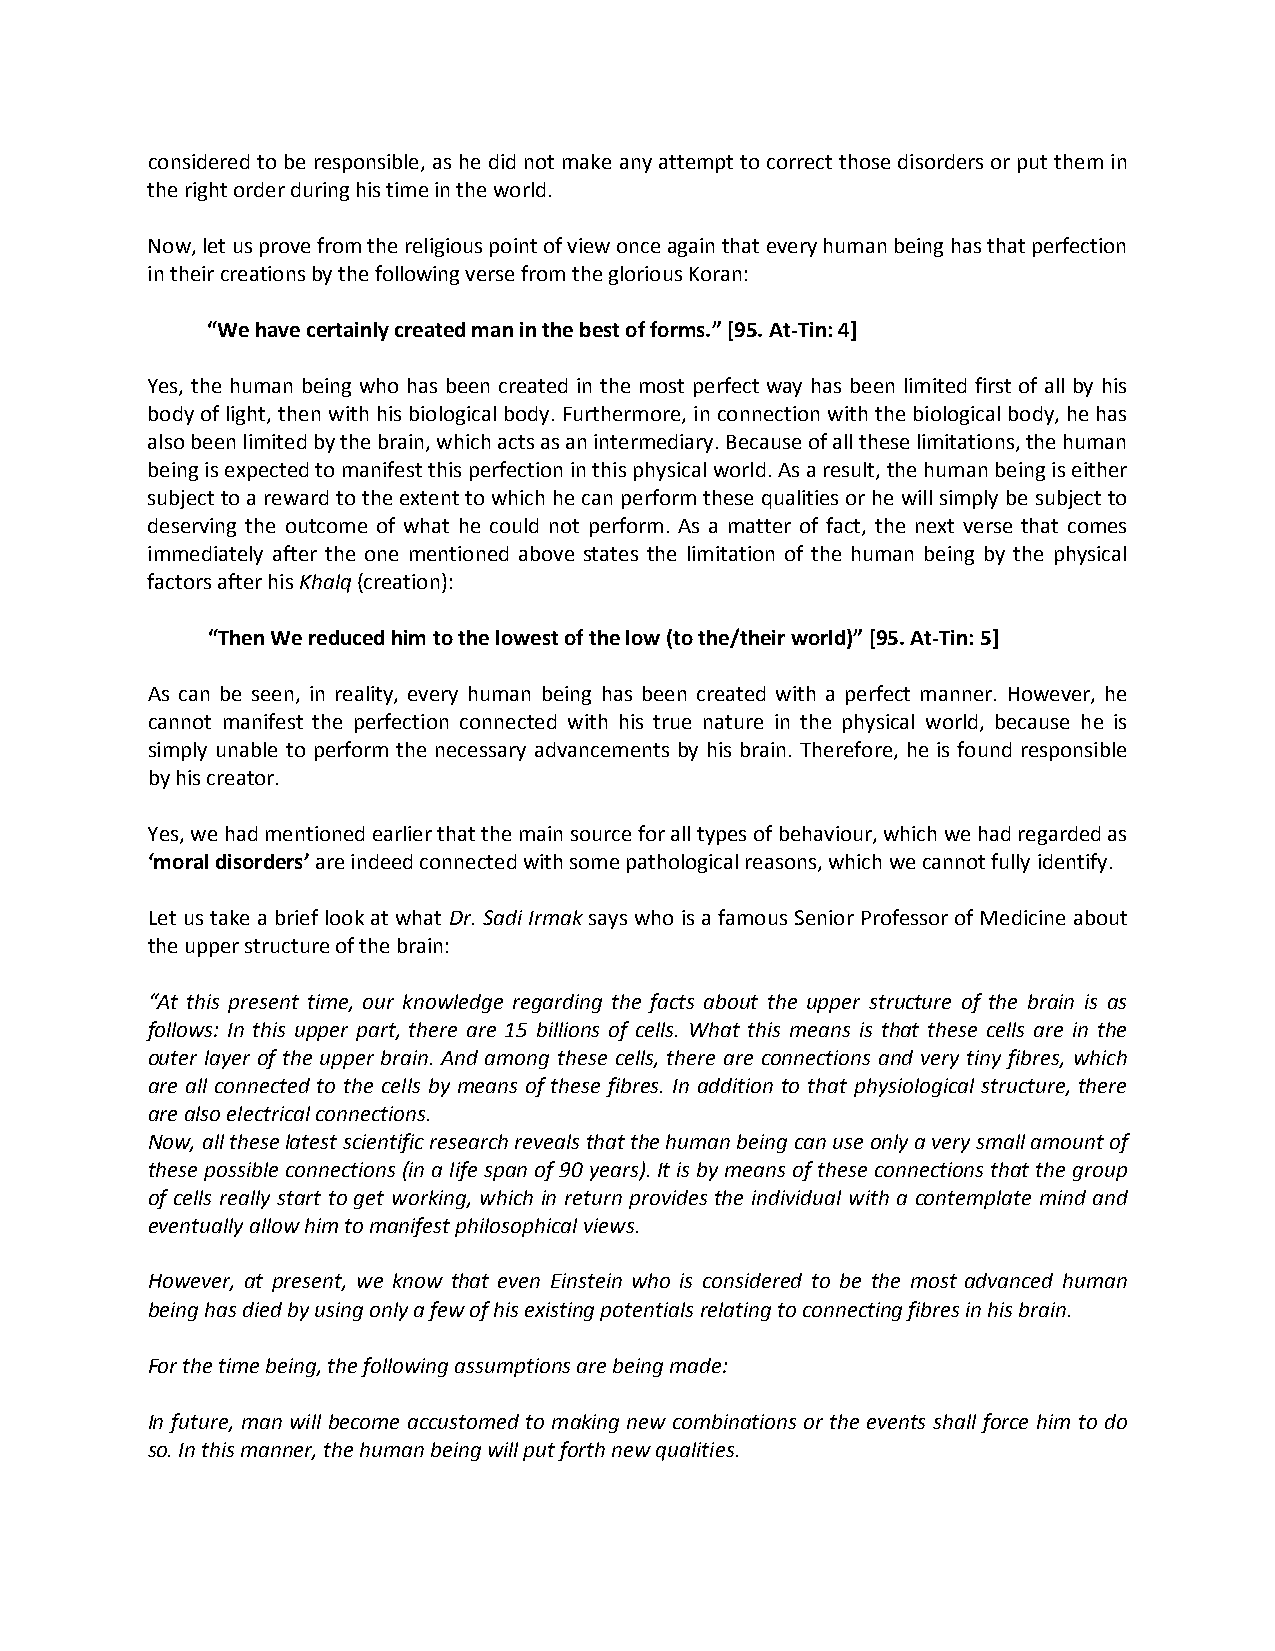
considered to be responsible, as he did not make any attempt to correct those disorders or put them in
 the right order during his time in the world.
 Now, let us prove from the religious point of view once again that every human being has that perfection
 in their creations by the following verse from the glorious Koran:
 “We have certainly created man in the best of forms.” [95. At-Tin: 4]
 Yes, the human being who has been created in the most perfect way has been limited first of all by his
 body of light, then with his biological body. Furthermore, in connection with the biological body, he has
 also been limited by the brain, which acts as an intermediary. Because of all these limitations, the human
 being is expected to manifest this perfection in this physical world. As a result, the human being is either
 subject to a reward to the extent to which he can perform these qualities or he will simply be subject to
 deserving the outcome of what he could not perform. As a matter of fact, the next verse that comes
 immediately after the one mentioned above states the limitation of the human being by the physical
 factors after his Khalq (creation):
 “Then We reduced him to the lowest of the low (to the/their world)” [95. At-Tin: 5]
 As can be seen, in reality, every human being has been created with a perfect manner. However, he
 cannot manifest the perfection connected with his true nature in the physical world, because he is
 simply unable to perform the necessary advancements by his brain. Therefore, he is found responsible
 by his creator.
 Yes, we had mentioned earlier that the main source for all types of behaviour, which we had regarded as
 ‘moral disorders’ are indeed connected with some pathological reasons, which we cannot fully identify.
 Let us take a brief look at what Dr. Sadi Irmak says who is a famous Senior Professor of Medicine about
 the upper structure of the brain:
 “At this present time, our knowledge regarding the facts about the upper structure of the brain is as
 follows: In this upper part, there are 15 billions of cells. What this means is that these cells are in the
 outer layer of the upper brain. And among these cells, there are connections and very tiny fibres, which
 are all connected to the cells by means of these fibres. In addition to that physiological structure, there
 are also electrical connections.
 Now, all these latest scientific research reveals that the human being can use only a very small amount of
 these possible connections (in a life span of 90 years). It is by means of these connections that the group
 of cells really start to get working, which in return provides the individual with a contemplate mind and
 eventually allow him to manifest philosophical views.
 However, at present, we know that even Einstein who is considered to be the most advanced human
 being has died by using only a few of his existing potentials relating to connecting fibres in his brain.
 For the time being, the following assumptions are being made:
 In future, man will become accustomed to making new combinations or the events shall force him to do
 so. In this manner, the human being will put forth new qualities.